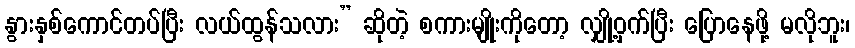
နွားနှစ်ကောင်တပ်ပြီး လယ်ထွန်သလား” ဆိုတဲ့ စကားမျိုးကိုတော့ လျှို့ဝှက်ပြီး ပြောနေဖို့ မလိုဘူး၊